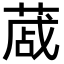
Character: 蒧